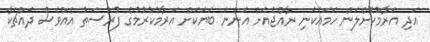
އަދި އަރާމުކޮށްލަން ހަމައެކަނި ރާއްޖެއަށް އަންނަ ބަޔަކަށް އަރާމުކުރުމުގެ ފުރުސަތު އެއްވެސް ދައްޗަކާ